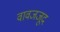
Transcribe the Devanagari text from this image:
वावजजूद